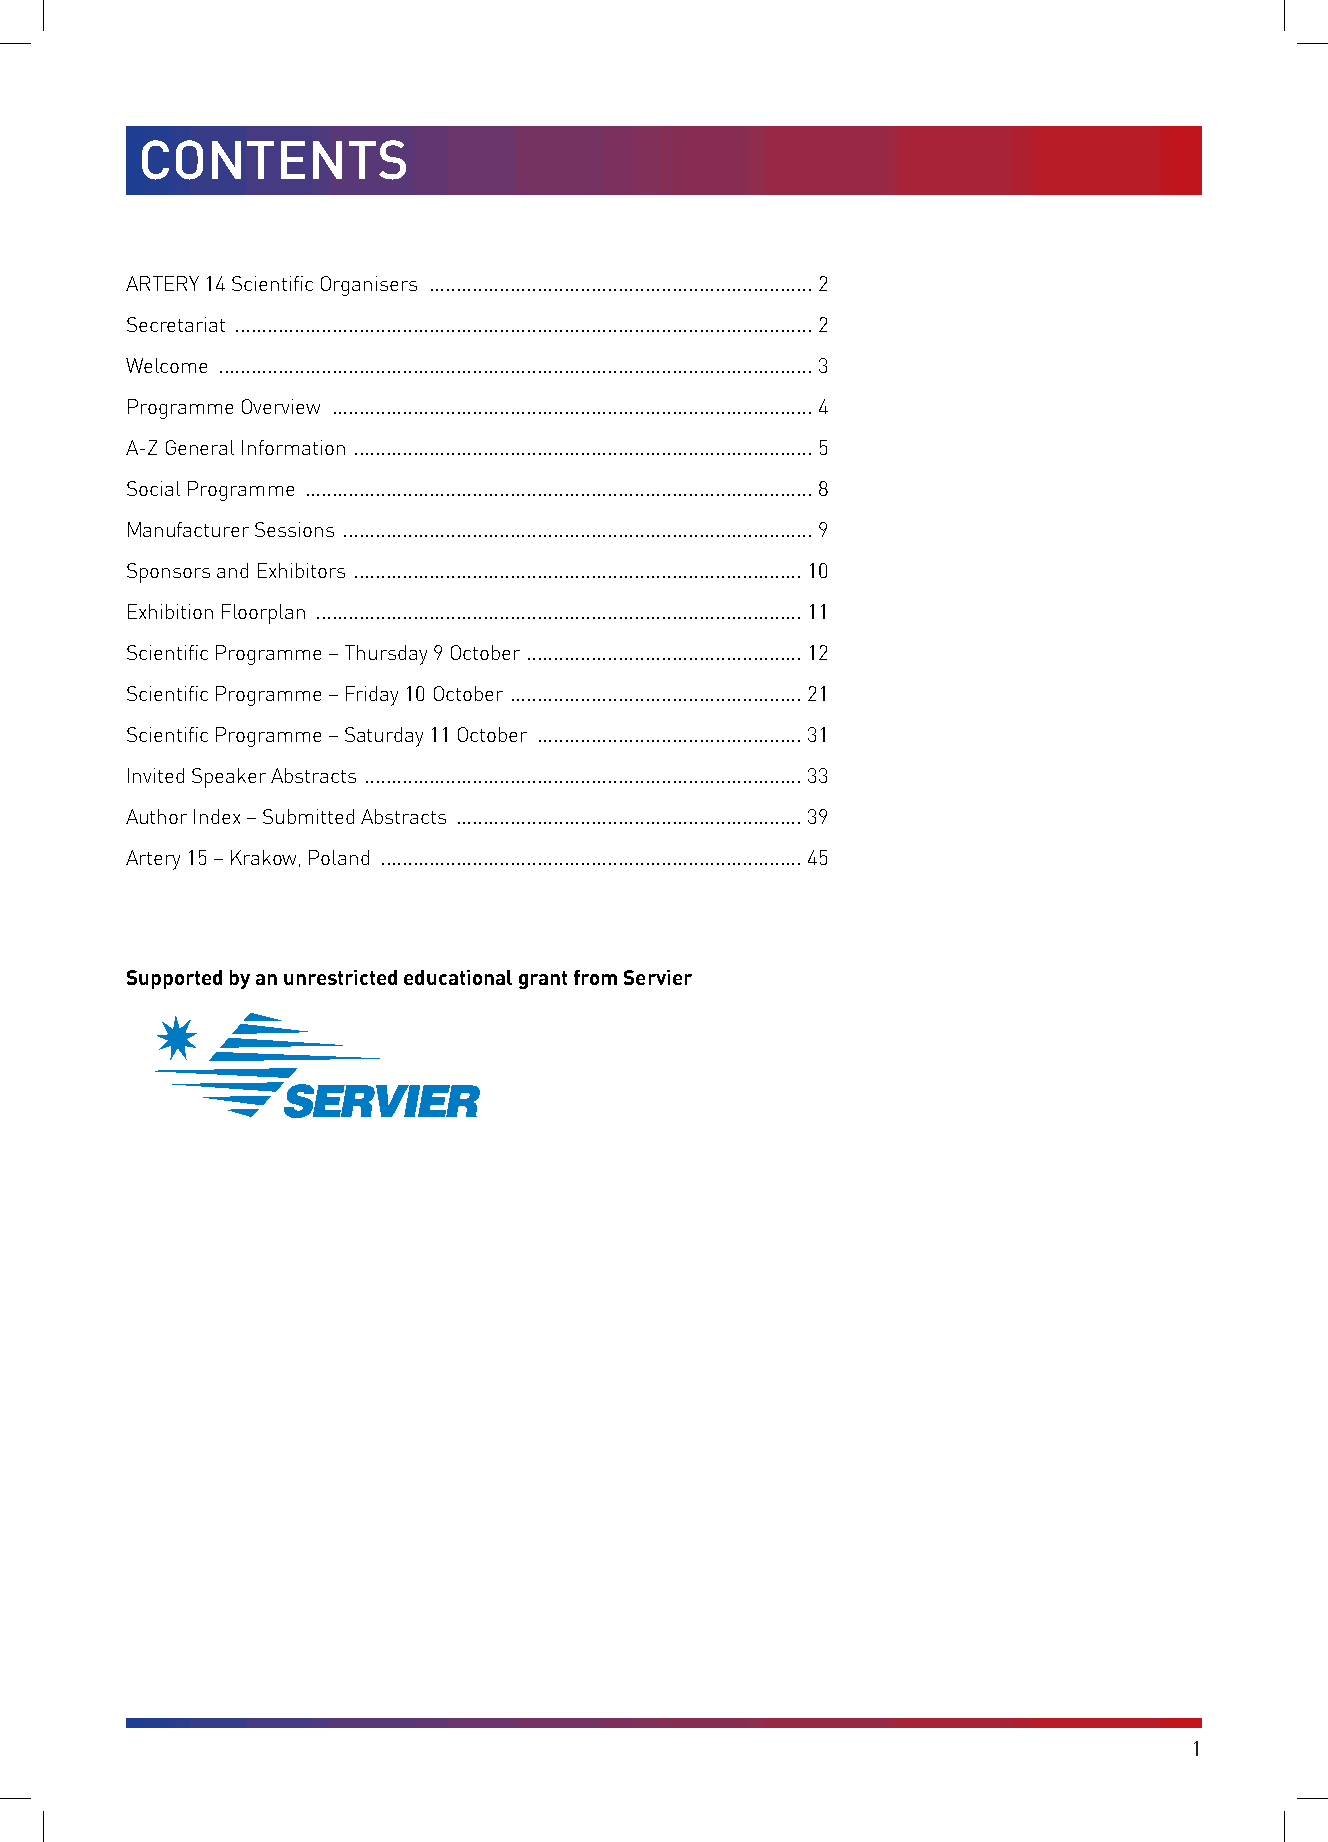
CONTENTS
 ARTERY 14 Scientific Organisers ....................................................................... 2
 Secretariat ........................................................................................................... 2
 Welcome .............................................................................................................. 3
 Programme Overview ......................................................................................... 4
 A-Z General Information ..................................................................................... 5
 Social Programme .............................................................................................. 8
 Manufacturer Sessions ....................................................................................... 9
 Sponsors and Exhibitors ................................................................................... 10
 Exhibition Floorplan .......................................................................................... 11
 Scientific Programme – Thursday 9 October ................................................... 12
 Scientific Programme – Friday 10 October ...................................................... 21
 Scientific Programme – Saturday 11 October ................................................. 31
 Invited Speaker Abstracts ................................................................................. 33
 Author Index – Submitted Abstracts ................................................................ 39
 Artery 15 – Krakow, Poland .............................................................................. 45
 Supported by an unrestricted educational grant from Servier
 1